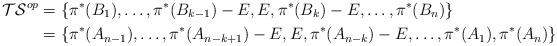
LaTeX: \begin{align*} \mathcal{TS}^{op}&=\{\pi^*(B_1),\ldots,\pi^*(B_{k-1})-E,E,\pi^*(B_{k})-E,\ldots,\pi^*(B_n)\}\\ &=\{\pi^*(A_{n-1}),\ldots,\pi^*(A_{n-k+1})-E,E,\pi^*(A_{n-k})-E,\ldots,\pi^*(A_1),\pi^*(A_n)\} \end{align*}